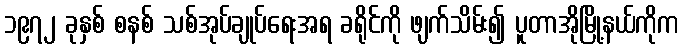
၁၉၇၂ ခုနှစ် စနစ် သစ်အုပ်ချုပ်ရေးအရ ခရိုင်ကို ဖျက်သိမ်း၍ ပူတာအိုမြို့နယ်ကိုက